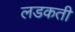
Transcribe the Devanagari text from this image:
लडकती